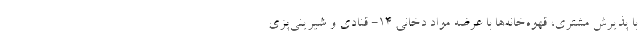
با پذیرش مشتری، قهوه‌خانه‌ها با عرضه مواد دخانی ۱۴- قنادی و شیرینی‌پزی